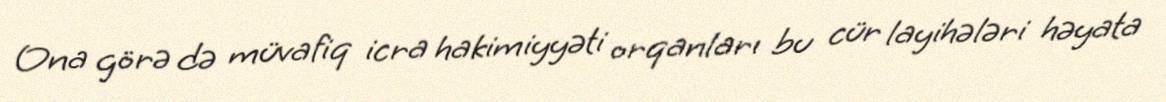
Ona görə də müvafiq icra hakimiyyəti orqanları bu cür layihələri həyata